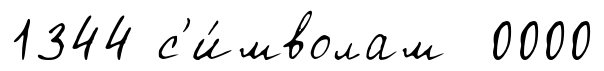
1344 с'и́мволам 0000